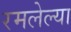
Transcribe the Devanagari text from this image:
रमलेल्या